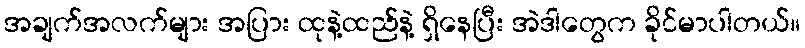
အချက်အလက်များ အပြား ထုနဲ့ထည်နဲ့ ရှိနေပြီး အဲဒါတွေက ခိုင်မာပါတယ်။